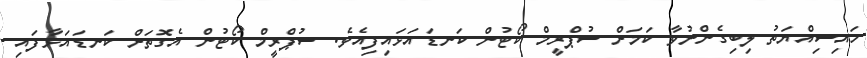
ހައިސިއްޔަތު ލިބިގެންނުވާ ކަމަށް ސުޕްރީމް ކޯޓުން ކަނޑައަޅައިފިއެވެ. ސުޕްރީމް ކޯޓުން އެގޮތަށް ކަނޑައަޅާފައި